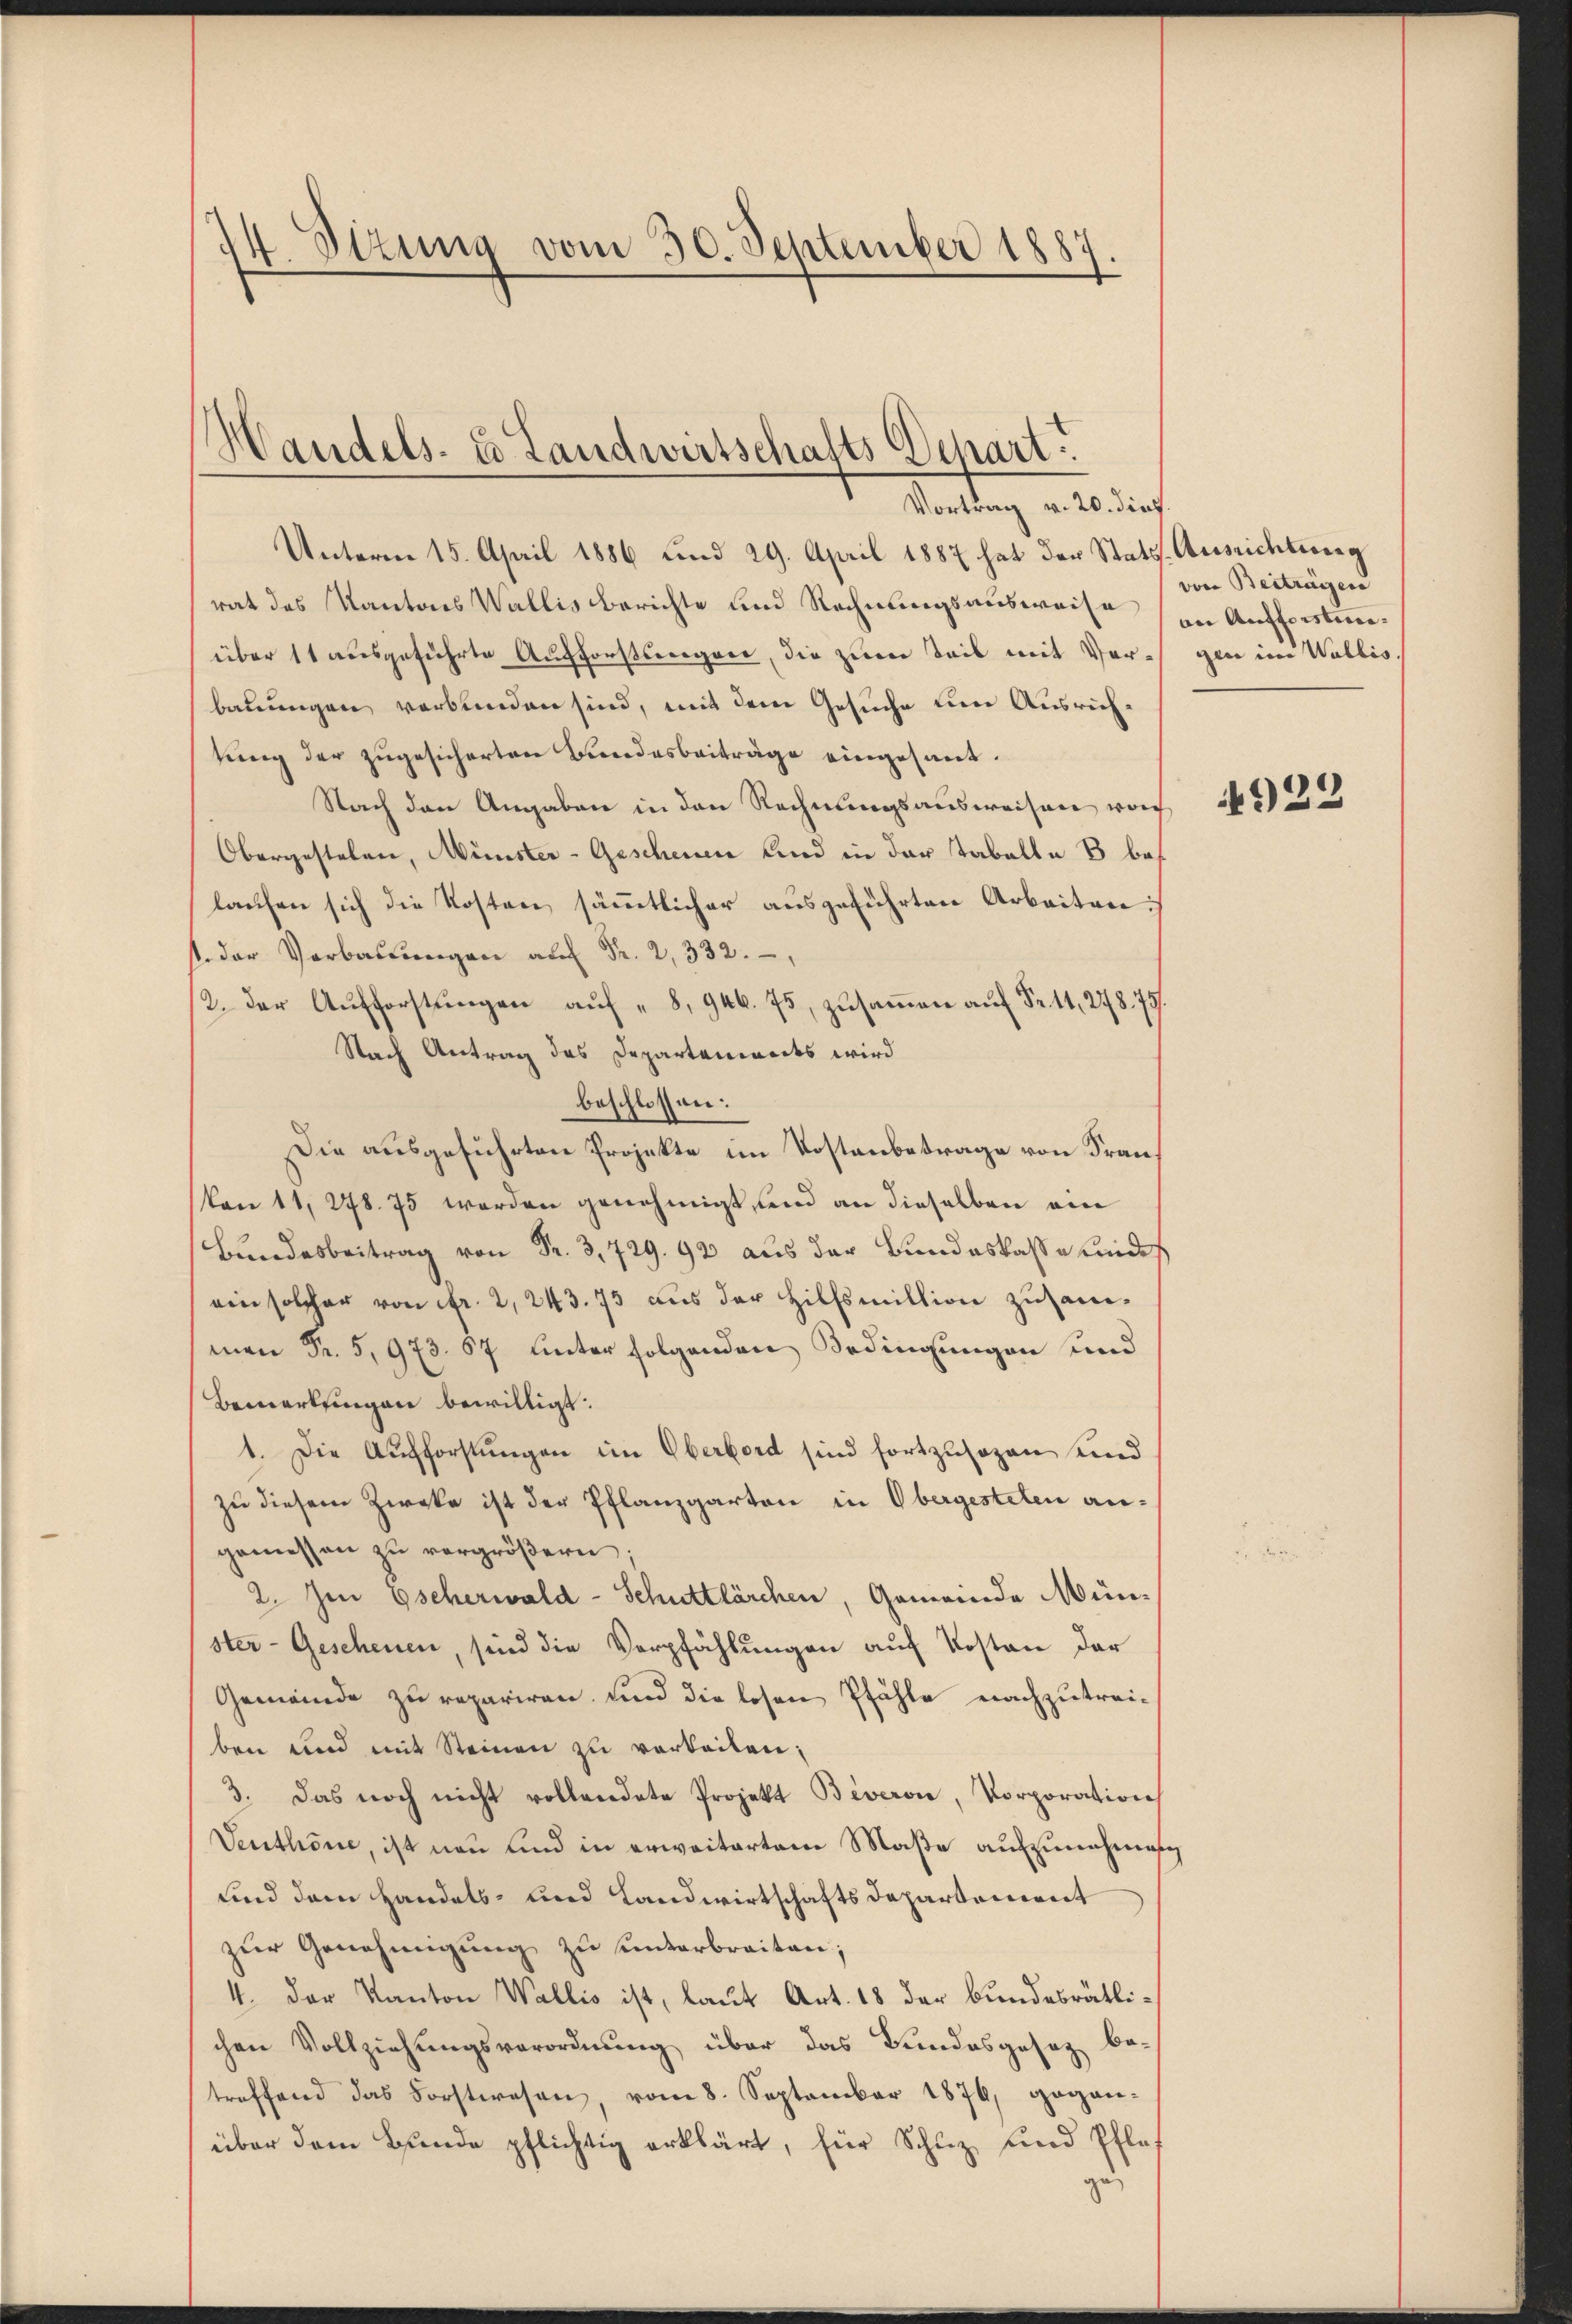
2
4. Sizung vom 30. September 1887

Handels- u Landwirtschafts Depart

Vortrag v. 20. dies
Unterm 15. April 1886 und 29. April 1887 hat der Statt-Ausrichtung
rat des Kantons Wallisberichte und Rechnungsausweise in Aufforstunüber 11 ausgeführte Aufforstseegner, die zum Seis mit Vorgen im Wallis.
bauungen verbunden sind, mit dem Gesuche um Ausrichtung der zugesicherten Bundesbeiträge eingesant.
Nach den Angaben in den Rechnungsausweisen von
Obergestelen, Minister-Geschenen Kind in der Tabelle 8 bes
laufen sich die Kosten sämmtlicher ausgeführten Arbeiten:
. der Verbaŭŭngen Fr. 332.
12. der Aufforstungen auf „8, 946. 75, zusammen auf Fr. 11, 278. 75.
Nach Antrag des Departenwarts wird
beschlossen:
Die ausgeführten Projekte im Kostenbetrage von Fran¬
Von 11, 248. 75 werden genehmigt, und an dieselben ein
. Bundeskasse und
ein solcher von fr. 2, 243. 75 aus der Hilfsmittion zusammen Fr. 5,973. 67 unter folgenden Bedingungen und
Bemerkungen bewilligt.
1. Die Aufforstungen im Oberbord sind fortzusozen und
zu diesem Zweke ist der Pflanzgarten in Obergesteten angemessen zu vergrößern.
2. Im Escherwald-Schuttlärchen, Gemeinde Münster- Geschenen, sind die Verpfählungen auf Kosten der
Gemeinde zu repariren, und die losen Pfähle nachzutreiben und mit Steinen zu verteilen;
3. Das noch nicht vollandete Projekt Biveron, Vorporation
Venthone, ist neu und in erwaitartem Maße aufzunehmig
und dem Handels- und Landwirtschaftsdepartement
zŭr Genehmigŭng zu unterbreiten;
4. Der Kanton Wallis ist, laut Art. 18 der bundesrätlichen Vollziehungsverordnung über das Bundesgesez be-
treffend das Forstwesen, vom 8. September 1876, gegan-
über dem Bunde pflichtig erklärt, für Schuz und Pflege

von Beitragen

4923